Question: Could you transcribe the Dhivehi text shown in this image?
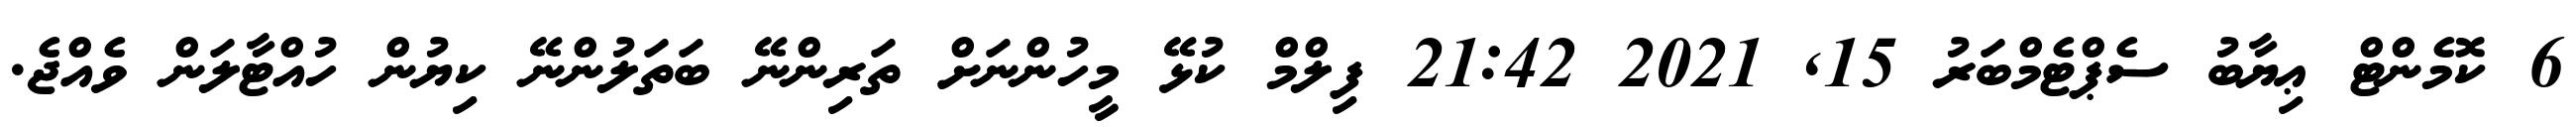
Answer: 6 ކޮމެންޓް ޢިޔާބު ސެޕްޓެމްބަރު 15, 2021 21:42 ފިލްމް ކުޅޭ މީހުންނަށް ތަރިންނޭ ބަތަލުންނޭ ކިޔުން ހުއްޓާލަން ވެއްޖެ.